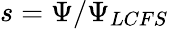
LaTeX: s=\Psi/\Psi_{LCFS}